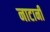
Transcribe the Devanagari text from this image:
नाटानी